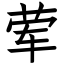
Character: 荤